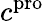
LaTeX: c^{\mathrm{pro}}